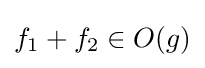
f_{1}+f_{2}\in O(g)